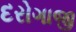
દરોગાજી